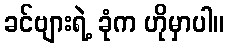
ခင်ဗျားရဲ့ ခုံက ဟိုမှာပါ။